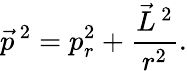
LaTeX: \vec{p}^{\, 2}=p_{r}^{2}+\frac{\vec{L}^{\, 2}}{r^{2}}.